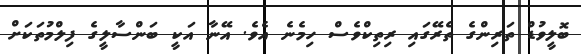
ބޮލީވުޑް ތަރިންގެ ތެރޭގައި ރިތިކްވެސް ހިމެނެ އެވެ. އޭނާ އަކީ ބަންސާލީގެ ފިލްމުތަކަށް